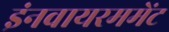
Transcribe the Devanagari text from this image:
इंनवायरममेंट